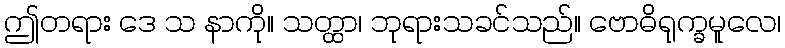
ဤတရား ဒေ သ နာကို။ သတ္ထာ၊ ဘုရားသခင်သည်။ ဗောဓိရုက္ခမူလေ၊